system: You are a helpful assistant.
user:
Analyze the provided spectrum to determine if it is a **S-type Star**.

- **Key Indicators for S-type Star:**

    - **(Overall Spectrum Shape):** The first and most obvious characteristic is the overall continuum (the "baseline" shape). It is **extremely "red-sloping,"** meaning the flux (light intensity) is very low on the left side (blue, ~4000-4500 Å) and rises steeply and continuously toward the right side (red, ~7000 Å+).

    - **(Primary):** The spectrum is defined by the presence of strong, broad molecular absorption "valleys" (bands) from **Zirconium Oxide (ZrO)**. The identification of these bands is the **primary requirement** for classifying a star as S-type.
        - **(Key Bandheads):** You must find distinct, deep "dips" where the light has been absorbed. The most critical band systems to locate are:
            - **~6474 Å** ($\gamma$-system): This is often the strongest and clearest ZrO feature, found in the red part of the spectrum.
            - **~5718 Å** & **~5551 Å** ($\beta$-system): A pair of prominent absorption features in the yellow-orange part of the spectrum.
            - **~4640 Å** ($\alpha$-system): A key absorption band system in the blue-green region of the spectrum.

    - **(Secondary Confirmation):** The classification is strengthened by finding additional absorption bands from other related heavy element oxides, which are expected to be present alongside ZrO.
        - **(Key Bandheads):**
            - **Yttrium Oxide (YO):** Look for absorption dips near **~4800 Å** and **~6100 Å**.
            - **Lanthanum Oxide (LaO):** Additional absorption features, particularly in the red-orange part of the spectrum, are also characteristic.

    - **(Line Profile):** The combination of the steep red continuum and these numerous, deep molecular bands (ZrO, YO, etc.) gives the entire spectrum a very **"chopped-up"** or **"bumpy"** appearance. Instead of a smooth curve, the spectrum looks as though large, wide chunks of light have been "carved out" of it at the specific wavelengths listed above.

Think first, call **spectral_visualization_tool** if needed to examine features in detail, then provide your final answer. Your response must adhere to the following strict rules:
1.  **Overall Structure:** Your response must follow the format `<think>...</think> <tool_call>...</tool_call> (if a tool is used) <answer>...</answer>`.
2.  **Tool Usage Constraint:** You may only make **one** tool call per turn.
3.  **Final Answer Format:** In the `<answer>` tag, your conclusion must be inside a `\boxed{}` command (e.g., `\boxed{YES}` or `\boxed{NO}`), followed by your justification.

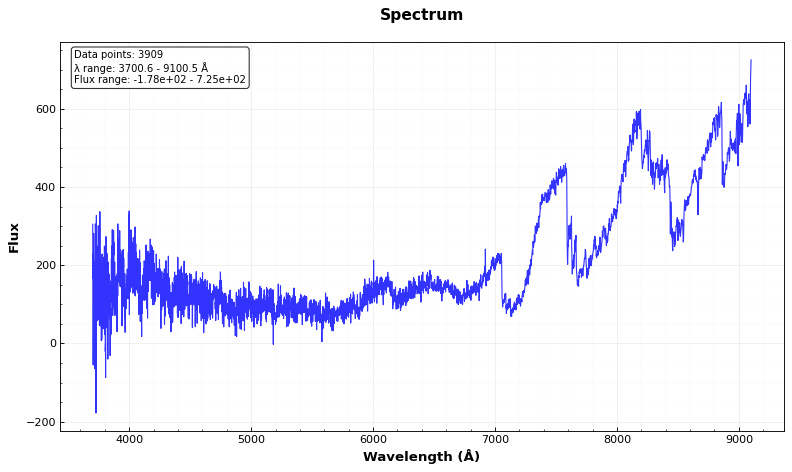
Answer: YES